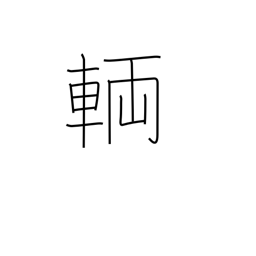
Meaning: numerary adjunct for vehicles